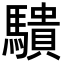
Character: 𬳱